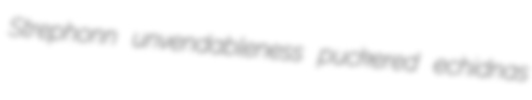
Strephonn unvendableness puckered echidnas